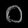
Digit: ၀